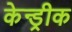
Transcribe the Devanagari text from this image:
केन्ड्रीक